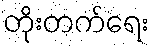
တိုးတက်ရေး